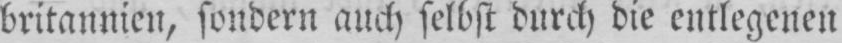
britannien, sondern auch selbst durch die entlegenen